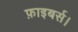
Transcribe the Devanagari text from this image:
फ़ाइबर्स।